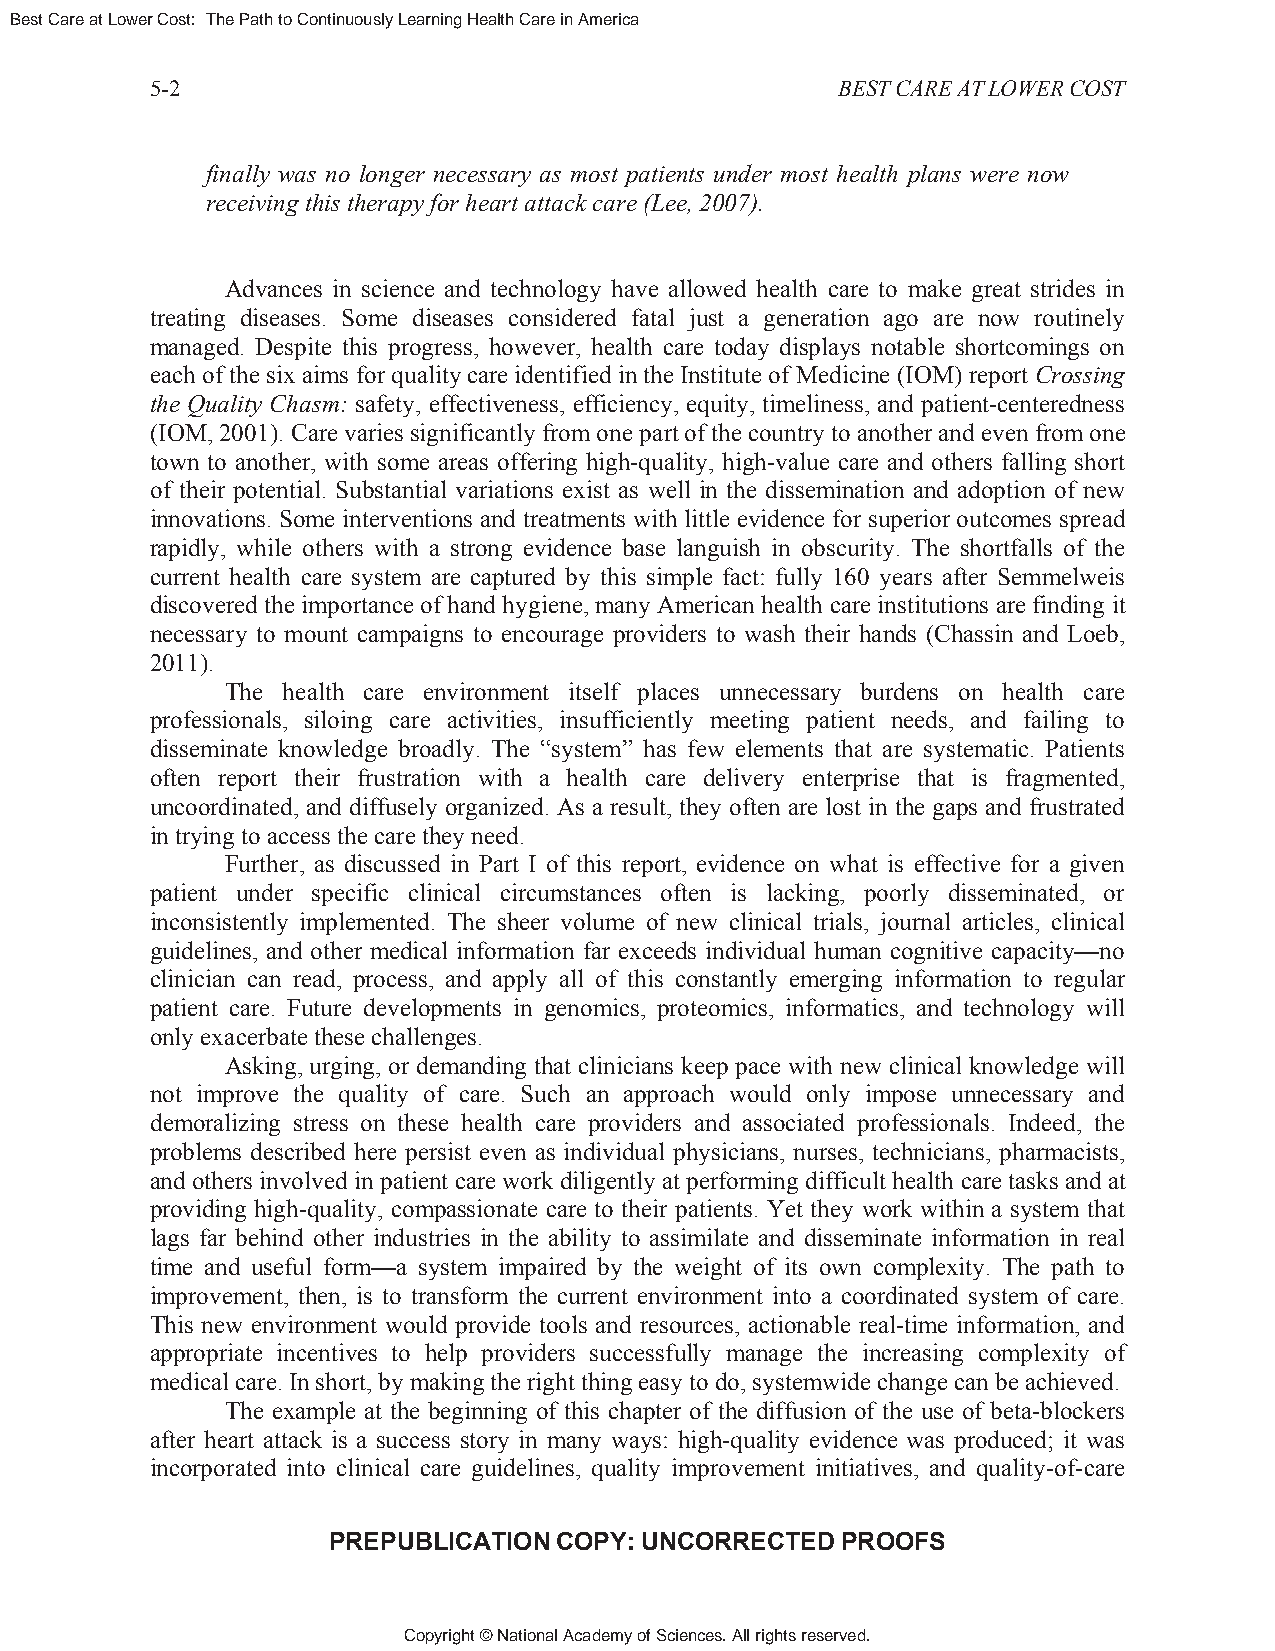
Best Care at Lower Cost: The Path to Continuously Learning Health Care in America
 5-2                                          BEST CARE AT LOWER COST
 finally was no longer necessary as most patients under most health plans were now
 receiving this therapy for heart attack care (Lee, 2007).
 Advances in science and technology have allowed health care to make great strides in
 treating diseases. Some diseases considered fatal just a generation ago are now routinely
 managed. Despite this progress, however, health care today displays notable shortcomings on
 each of the six aims for quality care identified in the Institute of Medicine (IOM) report Crossing
 the Quality Chasm: safety, effectiveness, efficiency, equity, timeliness, and patient-centeredness
 (IOM, 2001). Care varies significantly from one part of the country to another and even from one
 town to another, with some areas offering high-quality, high-value care and others falling short
 of their potential. Substantial variations exist as well in the dissemination and adoption of new
 innovations. Some interventions and treatments with little evidence for superior outcomes spread
 rapidly, while others with a strong evidence base languish in obscurity. The shortfalls of the
 current health care system are captured by this simple fact: fully 160 years after Semmelweis
 discovered the importance of hand hygiene, many American health care institutions are finding it
 necessary to mount campaigns to encourage providers to wash their hands (Chassin and Loeb,
 2011).
 The health care environment itself places unnecessary burdens on health care
 professionals, siloing care activities, insufficiently meeting patient needs, and failing to
 disseminate knowledge broadly. The “system” has few elements that are systematic. Patients
 often report their frustration with a health care delivery enterprise that is fragmented,
 uncoordinated, and diffusely organized. As a result, they often are lost in the gaps and frustrated
 in trying to access the care they need.
 Further, as discussed in Part I of this report, evidence on what is effective for a given
 patient under specific clinical circumstances often is lacking, poorly disseminated, or
 inconsistently implemented. The sheer volume of new clinical trials, journal articles, clinical
 guidelines, and other medical information far exceeds individual human cognitive capacity—no
 clinician can read, process, and apply all of this constantly emerging information to regular
 patient care. Future developments in genomics, proteomics, informatics, and technology will
 only exacerbate these challenges.
 Asking, urging, or demanding that clinicians keep pace with new clinical knowledge will
 not improve the quality of care. Such an approach would only impose unnecessary and
 demoralizing stress on these health care providers and associated professionals. Indeed, the
 problems described here persist even as individual physicians, nurses, technicians, pharmacists,
 and others involved in patient care work diligently at performing difficult health care tasks and at
 providing high-quality, compassionate care to their patients. Yet they work within a system that
 lags far behind other industries in the ability to assimilate and disseminate information in real
 time and useful form—a system impaired by the weight of its own complexity. The path to
 improvement, then, is to transform the current environment into a coordinated system of care.
 This new environment would provide tools and resources, actionable real-time information, and
 appropriate incentives to help providers successfully manage the increasing complexity of
 medical care. In short, by making the right thing easy to do, systemwide change can be achieved.
 The example at the beginning of this chapter of the diffusion of the use of beta-blockers
 after heart attack is a success story in many ways: high-quality evidence was produced; it was
 incorporated into clinical care guidelines, quality improvement initiatives, and quality-of-care
 PREPUBLICATION COPY: UNCORRECTED  PROOFS
 Copyright © National Academy of Sciences. All rights reserved.